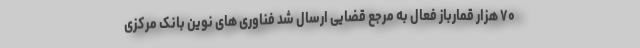
۷۰ هزار قمارباز فعال به مرجع قضایی ارسال شد فناوری های نوین بانک مرکزی